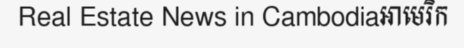
Real Estate News in Cambodiaអាមេរិក